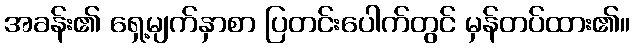
အခန်း၏ ရှေ့မျက်နှာစာ ပြတင်းပေါက်တွင် မှန်တပ်ထား၏။